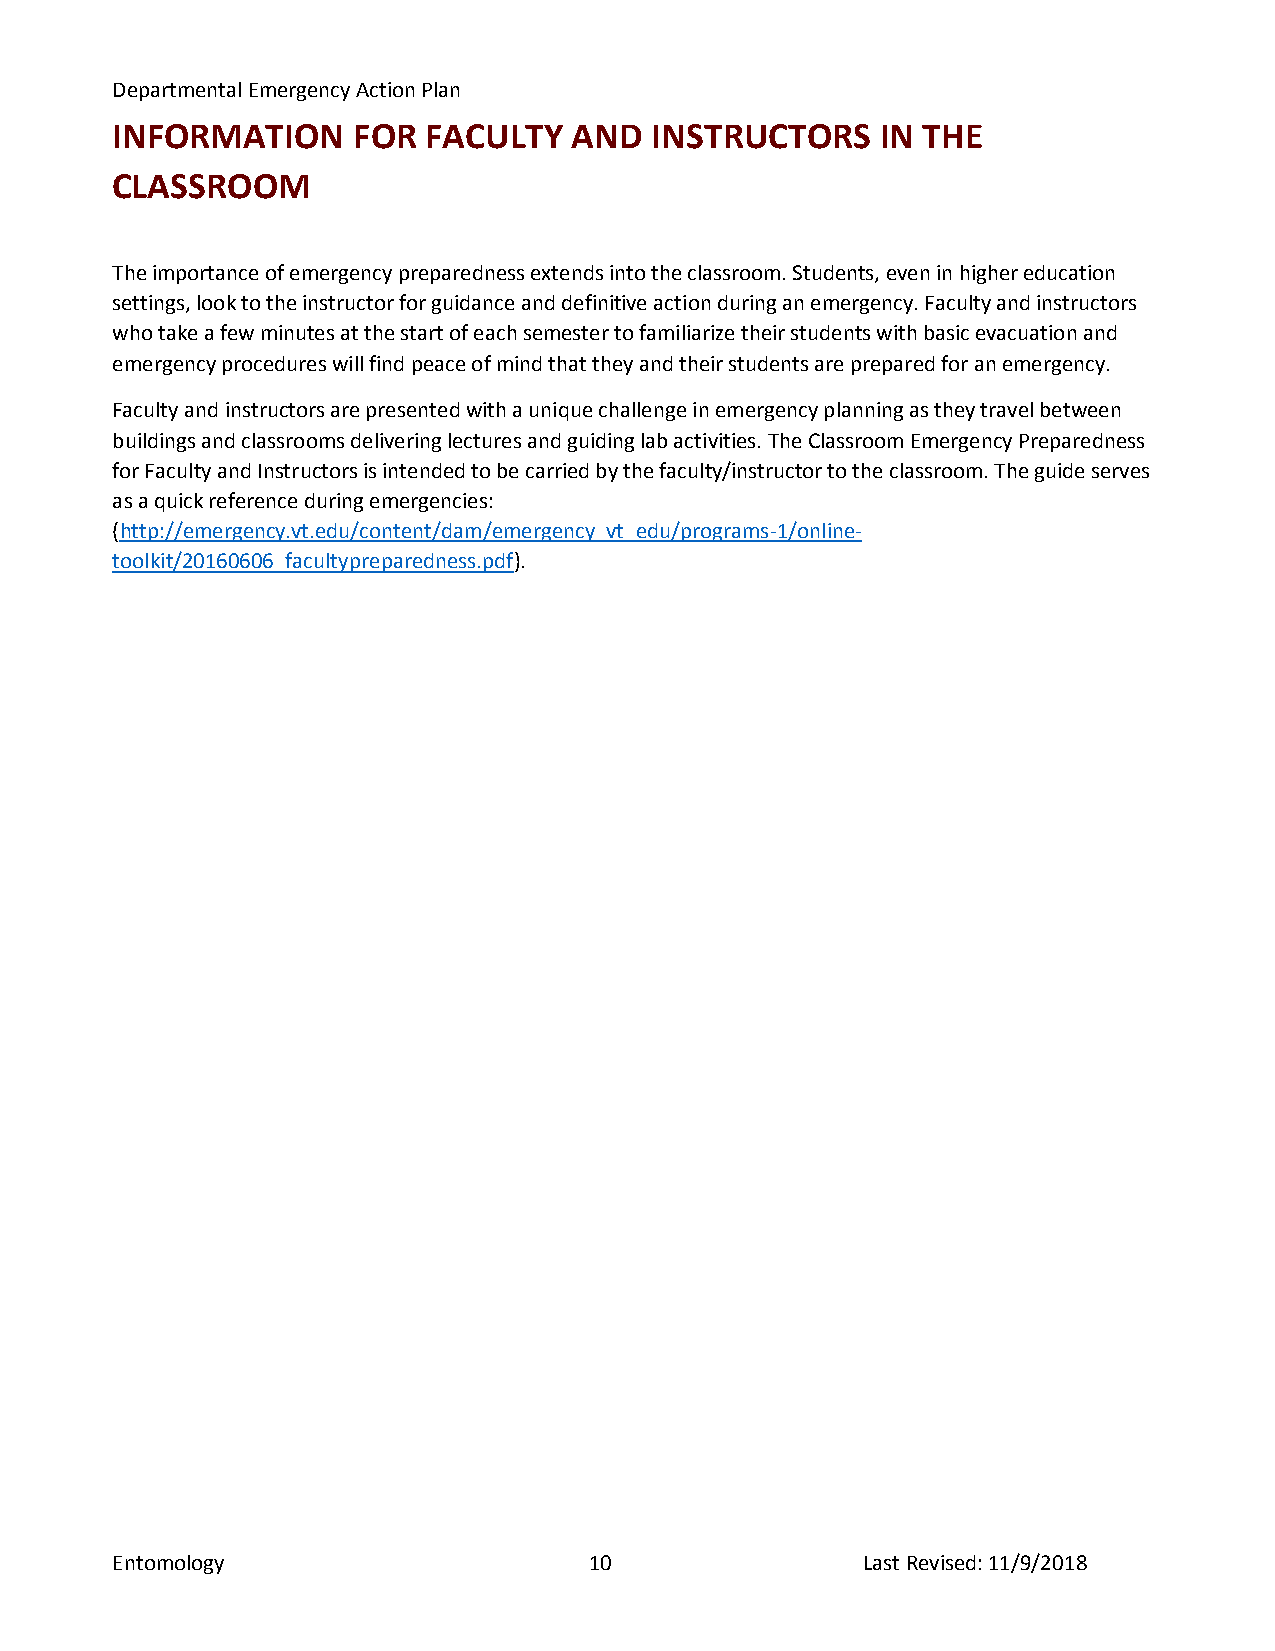
Departmental Emergency Action Plan
 INFORMATION     FOR  FACULTY   AND  INSTRUCTORS    IN THE
 CLASSROOM
 The importance of emergency preparedness extends into the classroom. Students, even in higher education
 settings, look to the instructor for guidance and definitive action during an emergency. Faculty and instructors
 who take a few minutes at the start of each semester to familiarize their students with basic evacuation and
 emergency procedures will find peace of mind that they and their students are prepared for an emergency.
 Faculty and instructors are presented with a unique challenge in emergency planning as they travel between
 buildings and classrooms delivering lectures and guiding lab activities. The Classroom Emergency Preparedness
 for Faculty and Instructors is intended to be carried by the faculty/instructor to the classroom. The guide serves
 as a quick reference during emergencies:
 (http://emergency.vt.edu/content/dam/emergency_vt_edu/programs-1/online-
 toolkit/20160606_facultypreparedness.pdf).
 Entomology                      10                Last Revised: 11/9/2018